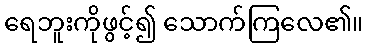
ရေဘူးကိုဖွင့်၍ သောက်ကြလေ၏။